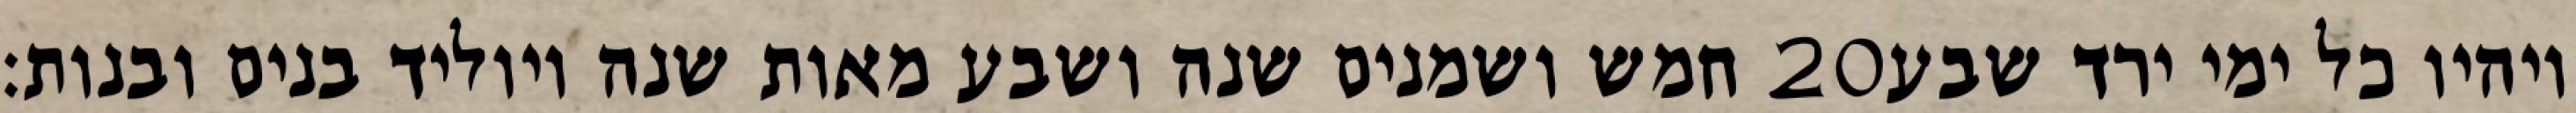
חמש ושמנים שנה ושבע מאות שנה ויוליד בנים ובנות׃ ‎20‏ ויהיו כל ימי ירד שבע